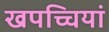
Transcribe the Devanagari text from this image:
खपच्चियां